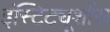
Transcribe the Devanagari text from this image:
इंस्टिट्यूशोंस